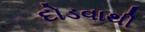
દોડવાથી